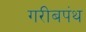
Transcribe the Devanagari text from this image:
गरीबपंथ